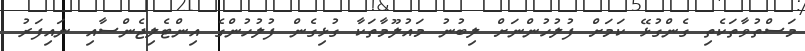
މަސްތުވާތަކެތި ގެންގުޅޭ ކަމަށް ފުލުހުންނަށް ލިބުނު މައުލޫމާތަކާ ގުޅިގެން ފުލުހުންގެ އިންޓެލިޖެންސާއި ނައިފަރު